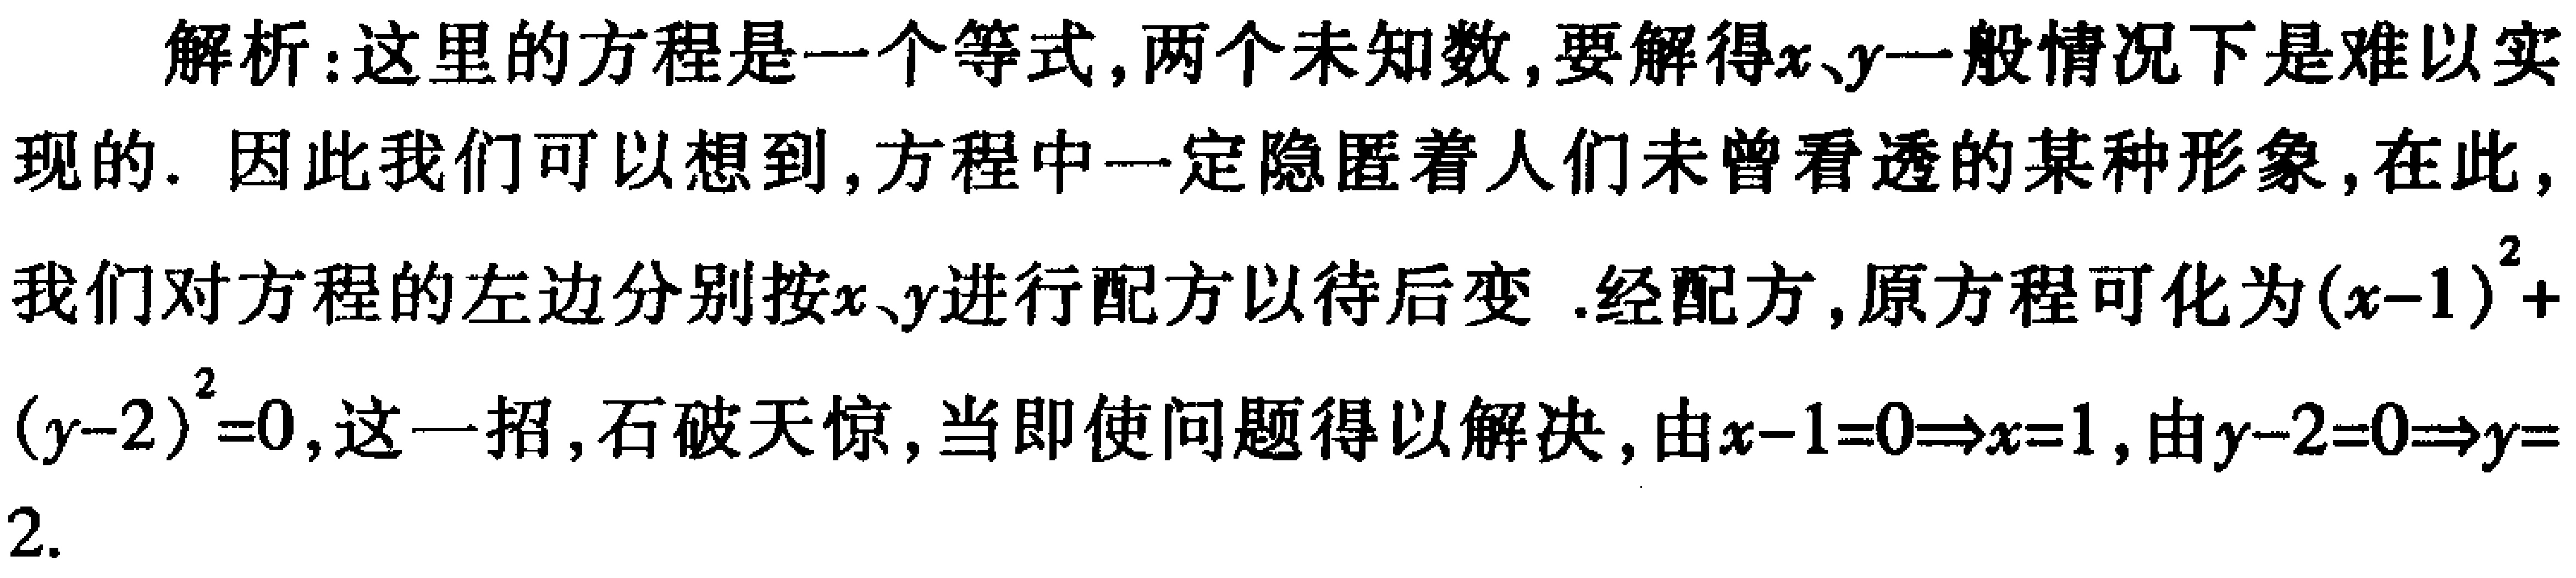
解析：这里的方程是一个等式,两个未知数,要解得\(x、y\)一般情况下是难以实现的. 因此我们可以想到,方程中一定隐匿着人们未曾看透的某种形象,在此,我们对方程的左边分别按\(x、y\)进行配方以待后变 .经配方,原方程可化为\((x - 1)^{2}+(y - 2)^{2}=0\),这一招,石破天惊,当即使问题得以解决,由\(x - 1 = 0\Rightarrow x = 1\),由\(y - 2 = 0\Rightarrow y = 2\).